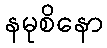
နမုစိနော